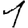
Digit: 1